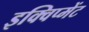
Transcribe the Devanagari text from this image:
इक्विप्मेंट